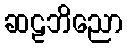
ဆဠဘိညော